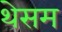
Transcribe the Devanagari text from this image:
थेसम